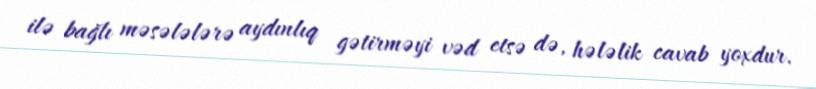
ilə bağlı məsələlərə aydınlıq gətirməyi vəd etsə də, hələlik cavab yoxdur.